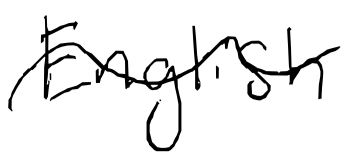
Text: English
Cross-out: wave
Writing tool: digital_black